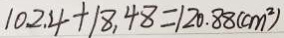
1 0 2 . 4 + 1 8 . 4 8 = 1 2 0 . 8 8 ( c m ^ { 2 } )